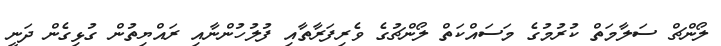
ލޯންޗް ސަލާމަތް ކުރުމުގެ މަސައްކަތް ލޯންޗުގެ ވެރިފަރާތާއި ފުލުހުންނާއި ރައްޔިތުން ގުޅިގެން ދަނީ